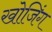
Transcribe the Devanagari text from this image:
खोजिंग